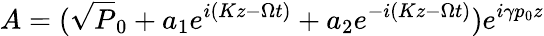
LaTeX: A=(\sqrt P_{0}+a_{1}e^{i(Kz-\Omega t)}+a_{2}e^{-i(Kz-\Omega t)})e^{i\gamma p_{0}z}